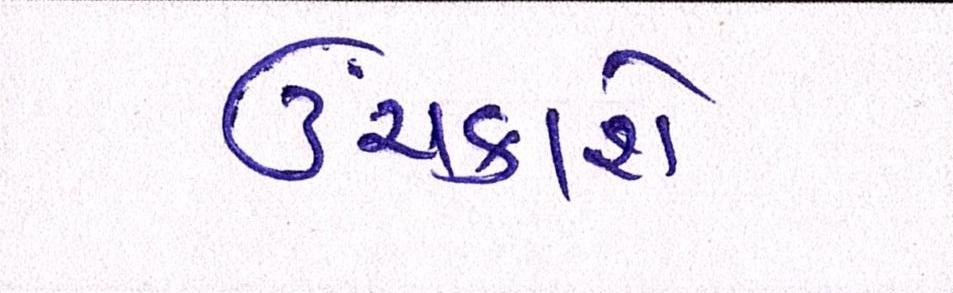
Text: ઉંચકાશે